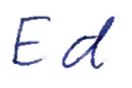
Text: Ed
Cross-out: clean
Writing tool: ballpoint